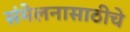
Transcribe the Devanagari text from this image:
संमेलनासाठीचे